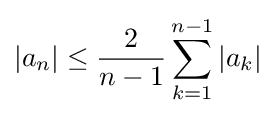
|a_{n}|\leq {2 \over n-1}\sum _{k=1}^{n-1}|a_{k}|